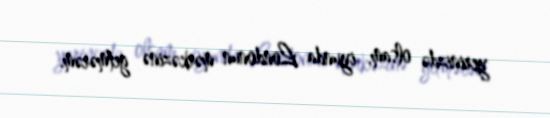
yerinizdə olsam, iyunda Londonun mərkəzinə getmərəm.